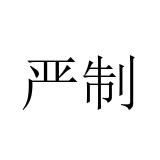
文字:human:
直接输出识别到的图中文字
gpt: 严制